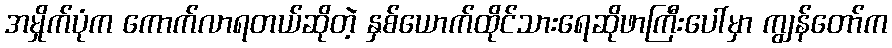
အမှိုက်ပုံက ကောက်လာရတယ်ဆိုတဲ့ နှစ်ယောက်ထိုင်သားရေဆိုဖာကြီးပေါ်မှာ ကျွန်တော်က